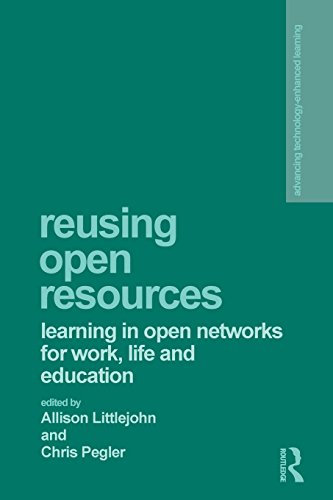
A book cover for Reusing Open Resources: Learning in Open Networks for Work, Life and Education (Advancing Technology Enhanced Learning); Computers & Technology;